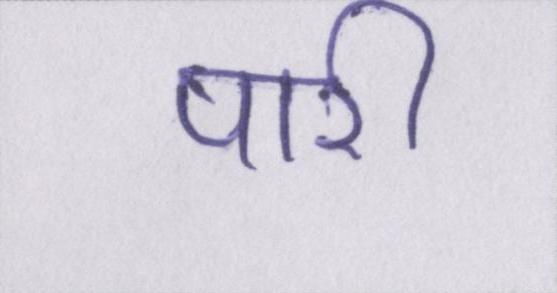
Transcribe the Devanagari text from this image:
पारी